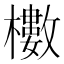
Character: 櫢